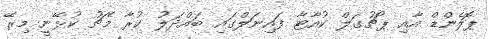
ޕޮލެންޑް އާއި ޕޯޗުގަލް ކުއާޓާ ފައިނަލްގައި ބައްދަލު ކުރާ މެޗު ކުޅޭނީ މިރޭ